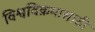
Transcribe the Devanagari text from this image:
विश्वविक्रमासाठी